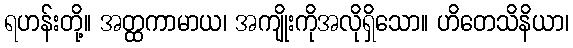
ရဟန်းတို့။ အတ္ထကာမာယ၊ အကျိုးကိုအလိုရှိသော။ ဟိတေသိနိယာ၊